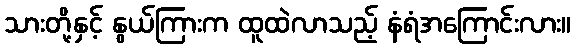
သားတို့နှင့် နွယ်ကြားက ထူထဲလာသည့် နံရံအကြောင်းလား။